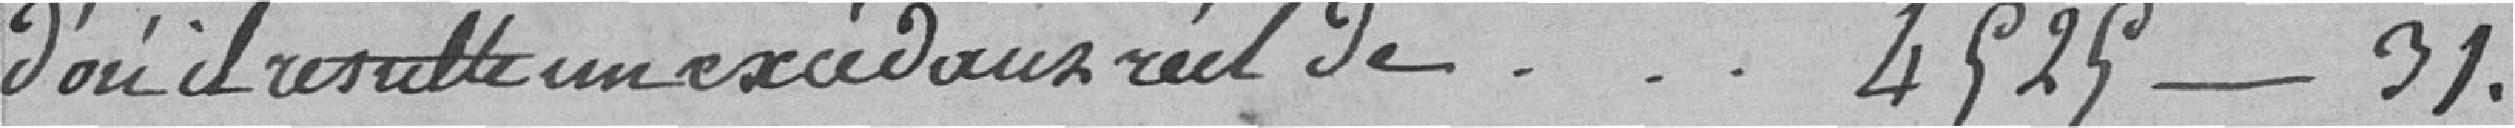
d'où il résulte un excédent réel de - - - 4525 - 31.